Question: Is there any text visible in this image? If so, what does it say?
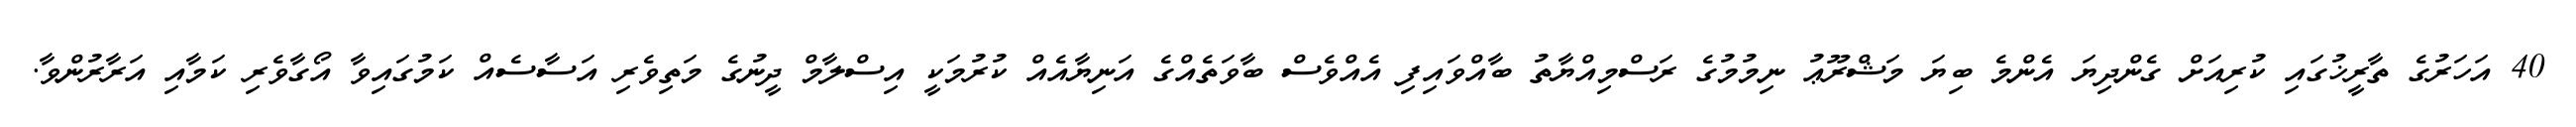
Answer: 40 އަހަރުގެ ތާރީޚުގައި ކުރިއަށް ގެންދިޔަ އެންމެ ބިޔަ މަޝްރޫޢު ނިމުމުގެ ރަސްމިއްޔާތު ބާއްވައިފި އެއްވެސް ބާވަތެއްގެ އަނިޔާއެއް ކުރުމަކީ އިސްލާމް ދީނުގެ މަތިވެރި އަސާސެއް ކަމުގައިވާ އޯގާވެރި ކަމާއި އަރާރުންވާ.